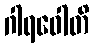
ဂါရဝေါတိ